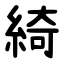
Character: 綺